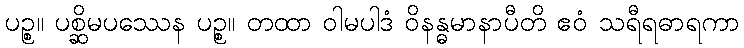
ပဉ္စ။ ပစ္ဆိမပဿေန ပဉ္စ။ တထာ ဝါမပါဒံ ဝိနန္ဓမာနာပီတိ ဧဝံ သရီရဓာရကာ